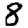
Digit: 8